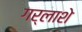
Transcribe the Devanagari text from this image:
गर्लाशे